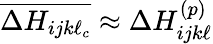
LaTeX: \overline{{\Delta H_{ijk\ell_{c}}}}\approx\Delta H_{ijk\ell}^{(p)}